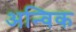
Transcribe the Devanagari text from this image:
अन्विक